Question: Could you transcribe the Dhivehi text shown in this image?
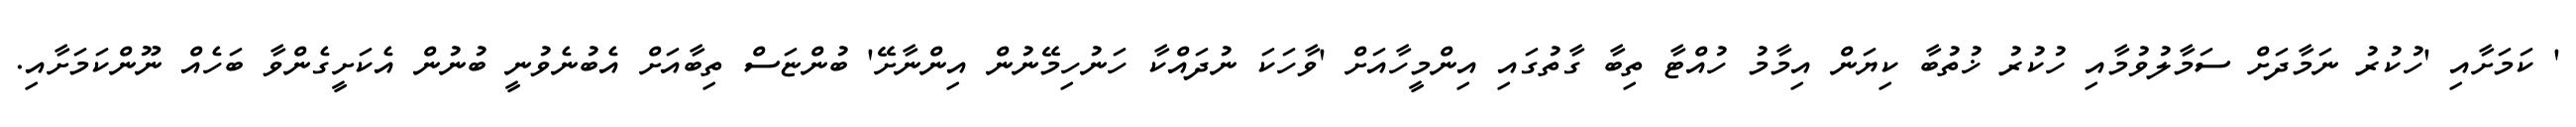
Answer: ' ކަމަށާއި 'ހުކުރު ނަމާދަށް ސަމާލުވުމާއި ހުކުރު ޚުތުބާ ކިޔަން އިމާމު ހުއްޓާ ތިބާ ގާތުގައި އިންމީހާއަށް 'ވާހަކަ ނުދައްކާ ހަނުހިމޭނުން އިންނާށޭ' ބުންޏަސް ތިބާއަށް އެބުނެވުނީ ބުނުން އެކަށީގެންވާ ބަހެއް ނޫންކަމަށާއި.